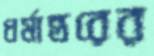
ধর্মান্তরের